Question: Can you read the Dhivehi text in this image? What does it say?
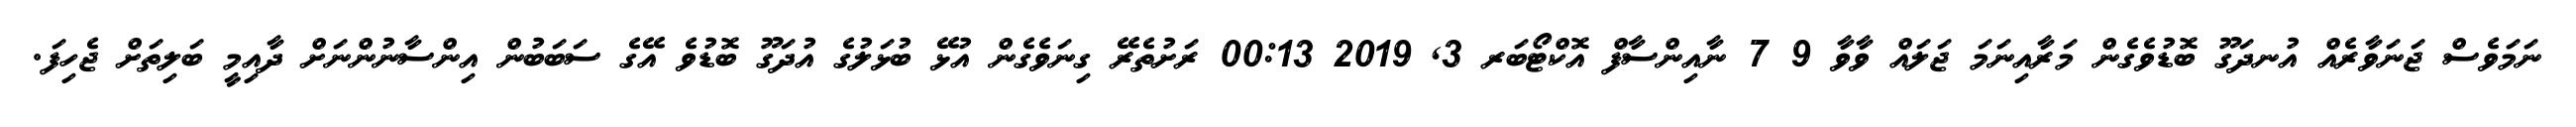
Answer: ނަމަވެސް ޖަނަވާރެއް އުނދަގޫ ބޮޑުވެގެން މަރާއިނަމަ ޖަލައް ވާވާ 9 7 ނާއިންސާފް އޮކްޓޯބަރ 3, 2019 00:13 ރަށުތެރޭ ގިނަވެގެން އުޅޭ ބުޅަލުގެ އުދަގޫ ބޮޑުވެ އޭގެ ސަބަބުން އިންސާނުންނަށް ދާއިމީ ބަލިތަށް ޖެހިފަ.